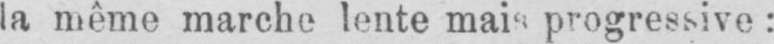
la même marche lente mais progressive: